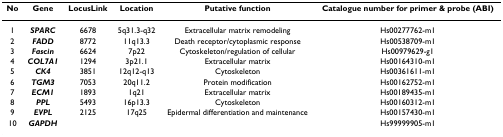
<table><thead><tr><td><b>No</b></td><td><b>Gene</b></td><td><b>LocusLink</b></td><td><b>Location</b></td><td><b>Putative function</b></td><td><b>Catalogue number for primer &amp; probe (ABI)</b></td></tr></thead><tbody><tr><td>1</td><td><b><i>SPARC</i></b></td><td>6678</td><td>5q31.3-q32</td><td>Extracellular matrix remodeling</td><td>Hs00277762-m1</td></tr><tr><td>2</td><td><b><i>FADD</i></b></td><td>8772</td><td>11q13.3</td><td>Death receptor/cytoplasmic response</td><td>Hs00538709-m1</td></tr><tr><td>3</td><td><b><i>Fascin</i></b></td><td>6624</td><td>7p22</td><td>Cytoskeleton/regulation of cellular</td><td>Hs00979629-g1</td></tr><tr><td>4</td><td><b><i>COL7A1</i></b></td><td>1294</td><td>3p21.1</td><td>Extracellular matrix</td><td>Hs00164310-m1</td></tr><tr><td>5</td><td><b><i>CK4</i></b></td><td>3851</td><td>12q12-q13</td><td>Cytoskeleton</td><td>Hs00361611-m1</td></tr><tr><td>6</td><td><b><i>TGM3</i></b></td><td>7053</td><td>20q11.2</td><td>Protein modification</td><td>Hs00162752-m1</td></tr><tr><td>7</td><td><b><i>ECM1</i></b></td><td>1893</td><td>1q21</td><td>Extracellular matrix</td><td>Hs00189435-m1</td></tr><tr><td>8</td><td><b><i>PPL</i></b></td><td>5493</td><td>16p13.3</td><td>Cytoskeleton</td><td>Hs00160312-m1</td></tr><tr><td>9</td><td><b><i>EVPL</i></b></td><td>2125</td><td>17q25</td><td>Epidermal differentiation and maintenance</td><td>Hs00157430-m1</td></tr><tr><td>10</td><td><b><i>GAPDH</i></b></td><td></td><td></td><td></td><td>Hs99999905-m1</td></tr></tbody></table>